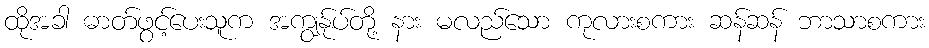
ထိုအခါ ဓာတ်ဖွင့်ပေးသူက အကျွန်ုပ်တို့ နား မလည်သော ကုလားစကား ဆန်ဆန် ဘာသာစကား